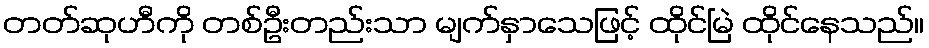
တတ်ဆုဟီကို တစ်ဦးတည်းသာ မျက်နှာသေဖြင့် ထိုင်မြဲ ထိုင်နေသည်။